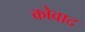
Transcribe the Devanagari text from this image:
कोवाद